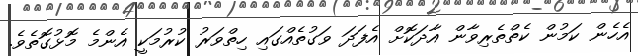
އެހެން ކަމުން ކެތްތެރިވާން އާދަކޮށް އެފަދަ ވަގުތެއްގައި ހިތްވަރު ކުރުމަކީ އެންމެ މޮޅުގޮތެވެ.